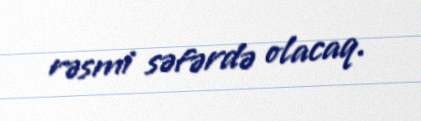
rəsmi səfərdə olacaq.